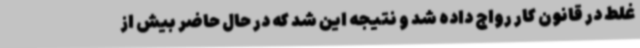
غلط در قانون کار رواج داده ‌شد و نتیجه این شد که در حال حاضر بیش از